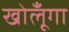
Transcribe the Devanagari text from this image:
खोलूँगा